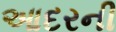
આદરની